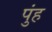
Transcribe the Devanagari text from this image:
पुंह